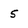
Character: 5